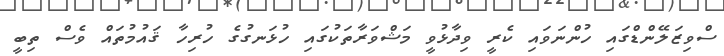
ސްވިޒަލޭންޑްގައި ހުންނަވައި ކެރީ ވިދާޅުވީ މަޝްވަރާތަކުގައި ހުޅަނގުގެ ހުރިހާ ޤައުމުތައް ވެސް ތިބީ